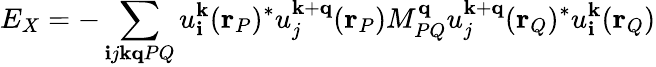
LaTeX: E_{X}=-\sum_{\mathbf{i}j\mathbf{{k}}\mathbf{{q}}PQ}u_{\mathbf{i}}^{\mathbf{{k}}}(\mathbf{{r}}_{P})^{*}u_{j}^{\mathbf{{k}}+\mathbf{{q}}}(\mathbf{{r}}_{P})M_{PQ}^{\mathbf{{q}}}u_{j}^{\mathbf{{k}}+\mathbf{{q}}}(\mathbf{{r}}_{Q})^{*}u_{\mathbf{i}}^{\mathbf{{k}}}(\mathbf{{r}}_{Q})